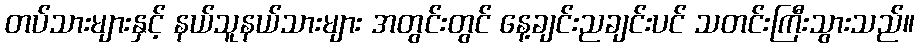
တပ်သားများနှင့် နယ်သူနယ်သားများ အတွင်းတွင် နေ့ချင်းညချင်းပင် သတင်းကြီးသွားသည်။